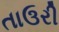
તાઉરી